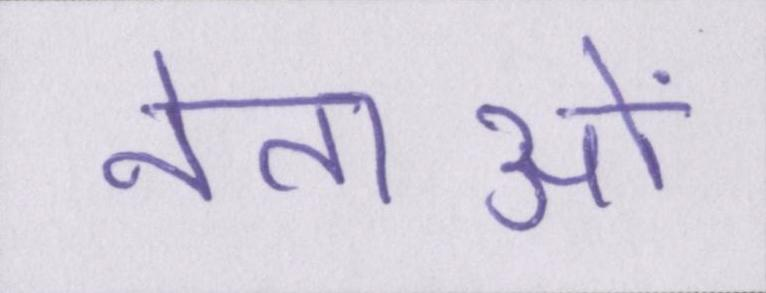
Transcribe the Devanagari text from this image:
नेताओं